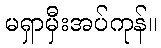
မရှာမှီးအပ်ကုန်။